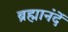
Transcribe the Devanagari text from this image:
ब्रह्मानंदें